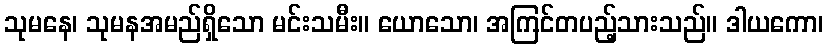
သုမနေ၊ သုမနအမည်ရှိသော မင်းသမီး။ ယောသော၊ အကြင်တပည့်သားသည်။ ဒါယကော၊